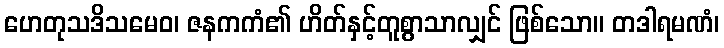
ဟေတုသဒိသမေဝ၊ ဇနကကံ၏ ဟိတ်နှင့်တူစွာသာလျှင် ဖြစ်သော။ တဒါရမဏံ၊